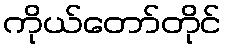
ကိုယ်တော်တိုင်